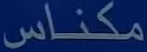
مكناس